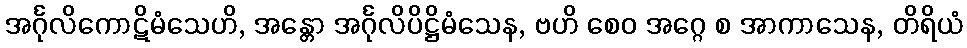
အင်္ဂုလိကောဋိမံသေဟိ, အန္တော အင်္ဂုလိပိဋ္ဌိမံသေန, ဗဟိ စေဝ အဂ္ဂေ စ အာကာသေန, တိရိယံ